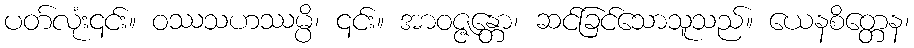
ပတ်လုံး၎င်း။ ဝဿသဟဿမ္ပိ၊ ၎င်း။ အာဝဇ္ဇန္တော၊ ဆင်ခြင်သောသူသည်။ ယေနစိတ္တေန၊